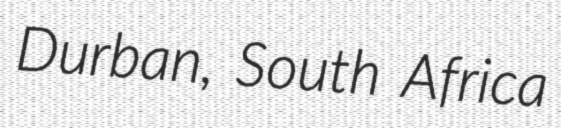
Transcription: Durban, South Africa